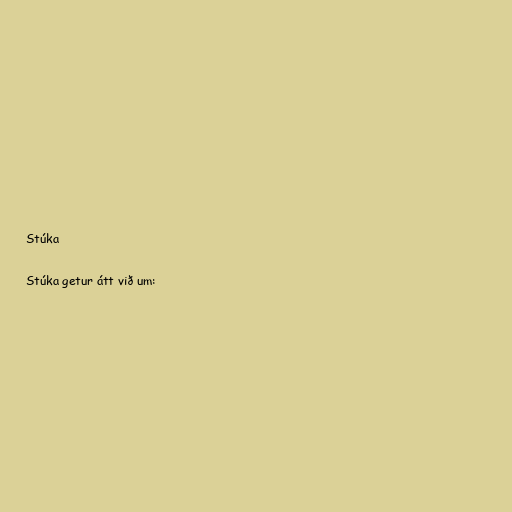
Stúka

Stúka getur átt við um: